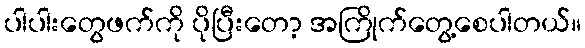
ပါပါးတွေဖက်ကို ပိုပြီးတော့ အကြိုက်တွေ့စေပါတယ်။